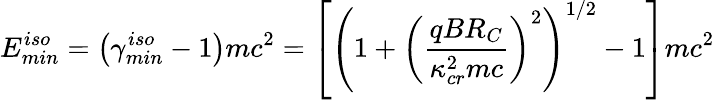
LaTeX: E_{min}^{iso}=\left(\gamma_{min}^{iso}-1\right)mc^{2}=\left[\left(1+\left(\frac{qBR_{C}}{\kappa_{cr}^{2}mc}\right)^{2}\right)^{1/2}-1\right]mc^{2}